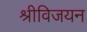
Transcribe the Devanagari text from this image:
श्रीविजयन